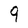
Character: 9